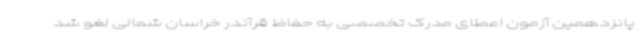
پانزدهمین آزمون اعطای مدرک تخصصی به حفاظ قرآندر خراسان شمالی لغو شد